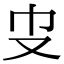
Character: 𠬥